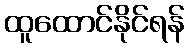
ထူထောင်နိုင်ရန်